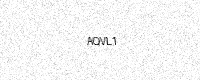
Text: AQVL1